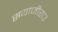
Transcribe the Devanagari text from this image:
सयाजीराउ